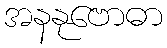
အနနုဗောဓာ